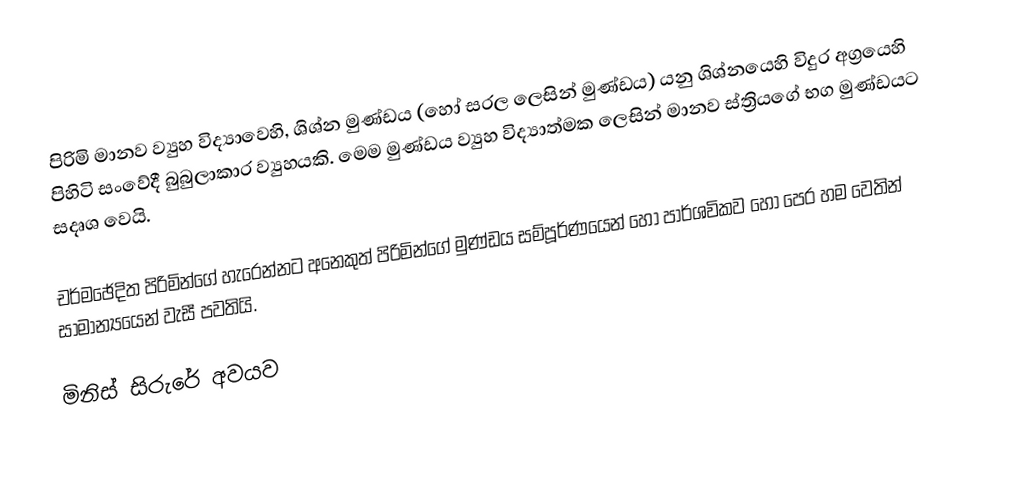
පිරිමි මානව ව්‍යුහ විද්‍යාවෙහි, ශිශ්න මුණ්ඩය (හෝ සරල ලෙසින් මුණ්ඩය) යනු ශිශ්නයෙහි විදුර අග්‍රයෙහි පිහිටි සංවේදී බුබුලාකාර ව්‍යුහයකි. මෙම මුණ්ඩය ව්‍යුහ විද්‍යාත්මක ලෙසින් මානව ස්ත්‍රියගේ භග මුණ්ඩයට සදෘශ වෙයි.

චර්මඡේදිත පිරිමින්ගේ හැරෙන්නට අනෙකුත් පිරිමින්ගේ මුණ්ඩය සම්පූර්ණයෙන් හෝ පාර්ශවිකව හෝ පෙර හම වෙතින් සාමාන්‍යයෙන් වැසී පවතියි.

මිනිස් සිරුරේ අවයව